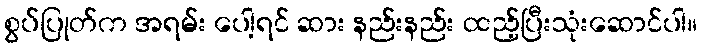
စွပ်ပြုတ်က အရမ်း ပေါ့ရင် ဆား နည်းနည်း ထည့်ပြီးသုံးဆောင်ပါ။